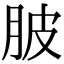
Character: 䏢